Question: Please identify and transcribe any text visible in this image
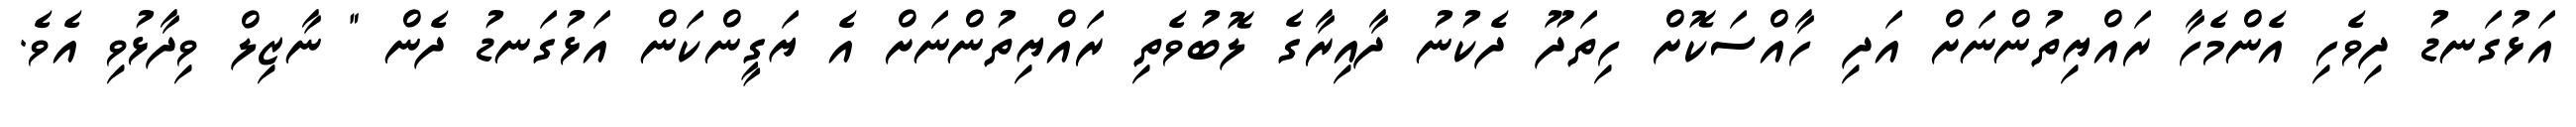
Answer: އަޅުގަނޑު ދިވެހި އެންމެހާ ރައްޔިތުންނަށް އަދި ހާއްސަކޮށް ހިތަދޫ ދެކުނު ދާއިރާގެ ލޮބުވެތި ރައްޔިތުންނަށް އެ ޔަގީންކަން އަޅުގަނޑު ދެން " ނާޒިލް ވިދާޅުވި އެވެ.